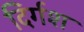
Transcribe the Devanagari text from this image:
दिर्गश